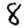
Digit: 8